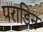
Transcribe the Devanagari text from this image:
पराडिन